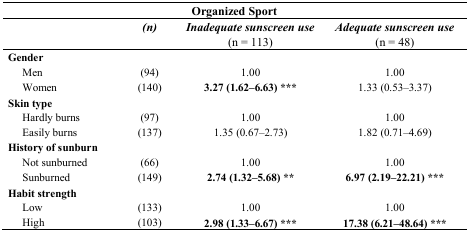
<table><thead><tr><td colspan="4"><b>Organized Sport</b></td></tr><tr><td></td><td><b><i>(n)</i></b></td><td><b><i>Inadequate sunscreen use</i> (n = 113)</b></td><td><b><i>Adequate sunscreen use</i> (n = 48)</b></td></tr></thead><tbody><tr><td><b>Gender</b></td><td></td><td></td><td></td></tr><tr><td>Men</td><td>(94)</td><td>1.00</td><td>1.00</td></tr><tr><td>Women</td><td>(140)</td><td><b>3.27 (1.62–6.63) ***</b></td><td>1.33 (0.53–3.37)</td></tr><tr><td><b>Skin type</b></td><td></td><td></td><td></td></tr><tr><td>Hardly burns</td><td>(97)</td><td>1.00</td><td>1.00</td></tr><tr><td>Easily burns</td><td>(137)</td><td>1.35 (0.67–2.73)</td><td>1.82 (0.71–4.69)</td></tr><tr><td><b>History of sunburn</b></td><td></td><td></td><td></td></tr><tr><td>Not sunburned</td><td>(66)</td><td>1.00</td><td>1.00</td></tr><tr><td>Sunburned</td><td>(149)</td><td><b>2.74 (1.32–5.68) **</b></td><td><b>6.97 (2.19–22.21) ***</b></td></tr><tr><td><b>Habit strength</b></td><td></td><td></td><td></td></tr><tr><td>Low</td><td>(133)</td><td>1.00</td><td>1.00</td></tr><tr><td>High</td><td>(103)</td><td><b>2.98 (1.33–6.67) ***</b></td><td><b>17.38 (6.21–48.64) ***</b></td></tr></tbody></table>